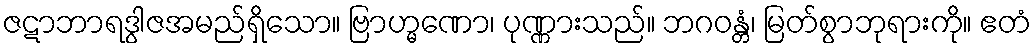
ဇဋာဘာရဒွါဇအမည်ရှိသော။ ဗြာဟ္မဏော၊ ပုဏ္ဏားသည်။ ဘဂဝန္တံ၊ မြတ်စွာဘုရားကို။ ဧတံ